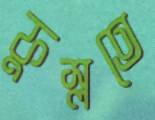
ফুস্‌লতে